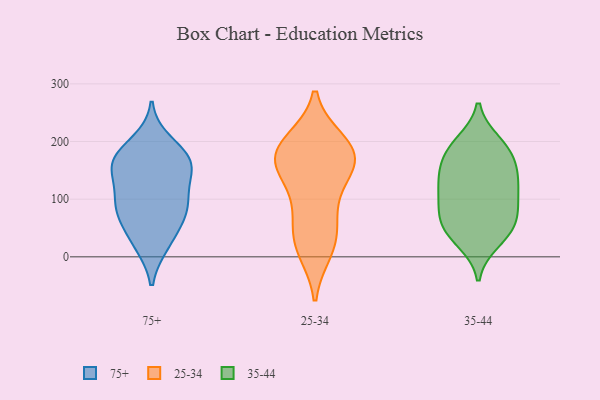
{"axis": {"x": "Revenue (USD Million)", "y": "Value"}, "legend": ["25-34", "35-44", "75+"], "data": [{"x": "", "y": 82, "type": "75+"}, {"x": "", "y": 93, "type": "75+"}, {"x": "", "y": 21, "type": "75+"}, {"x": "", "y": 93, "type": "75+"}, {"x": "", "y": 199, "type": "75+"}, {"x": "", "y": 59, "type": "75+"}, {"x": "", "y": 146, "type": "75+"}, {"x": "", "y": 23, "type": "75+"}, {"x": "", "y": 172, "type": "75+"}, {"x": "", "y": 163, "type": "75+"}, {"x": "", "y": 173, "type": "75+"}, {"x": "", "y": 72, "type": "75+"}, {"x": "", "y": 149, "type": "75+"}, {"x": "", "y": 165, "type": "75+"}, {"x": "", "y": 112, "type": "75+"}, {"x": "", "y": 175, "type": "25-34"}, {"x": "", "y": 35, "type": "25-34"}, {"x": "", "y": 199, "type": "25-34"}, {"x": "", "y": 171, "type": "25-34"}, {"x": "", "y": 93, "type": "25-34"}, {"x": "", "y": 12, "type": "25-34"}, {"x": "", "y": 139, "type": "25-34"}, {"x": "", "y": 181, "type": "25-34"}, {"x": "", "y": 153, "type": "25-34"}, {"x": "", "y": 196, "type": "25-34"}, {"x": "", "y": 69, "type": "25-34"}, {"x": "", "y": 169, "type": "25-34"}, {"x": "", "y": 20, "type": "25-34"}, {"x": "", "y": 75, "type": "35-44"}, {"x": "", "y": 188, "type": "35-44"}, {"x": "", "y": 114, "type": "35-44"}, {"x": "", "y": 173, "type": "35-44"}, {"x": "", "y": 70, "type": "35-44"}, {"x": "", "y": 38, "type": "35-44"}, {"x": "", "y": 49, "type": "35-44"}, {"x": "", "y": 49, "type": "35-44"}, {"x": "", "y": 27, "type": "35-44"}, {"x": "", "y": 134, "type": "35-44"}, {"x": "", "y": 198, "type": "35-44"}, {"x": "", "y": 132, "type": "35-44"}, {"x": "", "y": 99, "type": "35-44"}, {"x": "", "y": 91, "type": "35-44"}, {"x": "", "y": 142, "type": "35-44"}, {"x": "", "y": 155, "type": "35-44"}, {"x": "", "y": 191, "type": "35-44"}]}